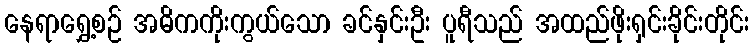
နေရာရွှေ့စဉ် အဓိကကိုးကွယ်သော ခင်နှင်းဦး ပူရီသည် အထည်ဖိုးရှင်းခိုင်းတိုင်း